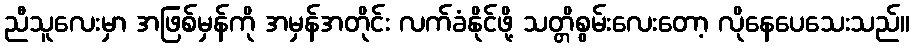
ညီသူလေးမှာ အဖြစ်မှန်ကို အမှန်အတိုင်း လက်ခံနိုင်ဖို့ သတ္တိစွမ်းလေးတော့ လိုနေပေသေးသည်။